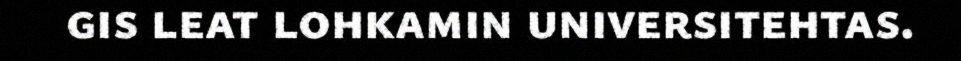
gis leat lohkamin universitehtas.